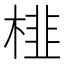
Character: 𭪾